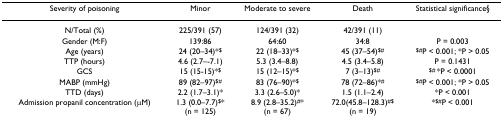
| Severity of poisoning | Minor | Moderate to severe | Death | Statistical significance§ |
 | --- | --- | --- | --- | --- |
 | N/Total (%) | 225/391 (57) | 124/391 (32) | 42/391 (11) |  |
 | Gender (M:F) | 139:86 | 64:60 | 34:8 | P = 0.003 |
 | Age (years) | 24 (20–34)*$ | 22 (18–33)*$ | 45 (37–54)$# | $#P < 0.001; *P > 0.05 |
 | TTP (hours) | 4.6 (2.7–-7.1) | 5.3 (3.4–8.8) | 4.5 (3.4–5.8) | P = 0.1431 |
 | GCS | 15 (15-15)*$ | 15 (12–15)*$ | 7 (3–13)$# | $# *P < 0.0001 |
 | MABP (mmHg) | 89 (82–97)$# | 83 (76–90)*$ | 78 (72–86)*# | $#P < 0.001; *P > 0.05 |
 | TTD (days) | 2.2 (1.7–3.1)* | 3.3 (2.6–5.0)* | 1.5 (1.1–2.4) | *P < 0.001 |
 | Admission propanil concentration (μM) | 1.3 (0.0–7.7)$*(n = 125) | 8.9 (2.8–35.2)#*(n = 67) | 72.0(45.8–128.3)#$(n = 19) | *$#P < 0.001 |